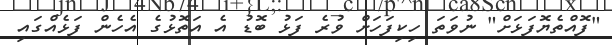
"ފޮއްތެޔޮފަޅަށް" ނުވަތަ ހިކިފަހަށް ވުރެ ފަޅު ބޮޑު އެ އަތޮޅުގެ އެހެން ފަޅެއްގައި